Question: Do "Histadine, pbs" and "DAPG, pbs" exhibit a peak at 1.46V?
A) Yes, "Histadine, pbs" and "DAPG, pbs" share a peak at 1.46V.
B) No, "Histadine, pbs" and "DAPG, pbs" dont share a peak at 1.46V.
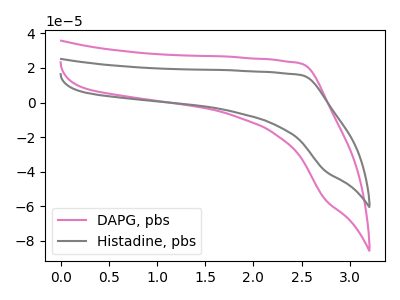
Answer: <think>The pink curve "DAPG, pbs" has no peaks. The gray curve "Histadine, pbs" has no peaks.</think>
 <answer>B) No, "Histadine, pbs" and "DAPG, pbs" dont share a peak at 1.46V.</answer>
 <eval>B</eval>